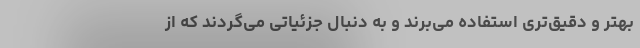
بهتر و دقیق‌تری استفاده می‌برند و به دنبال جزئیاتی می‌گردند که از